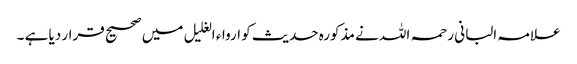
علامہ البانی رحمہ اللہ نے مذکورہ حدیث کو ارواء الغلیل میں صحیح قرار دیا ہے ۔